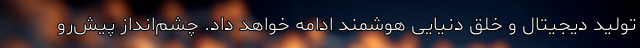
تولید دیجیتال و خلق دنیایی هوشمند ادامه خواهد داد. چشم‌انداز پیش‌رو